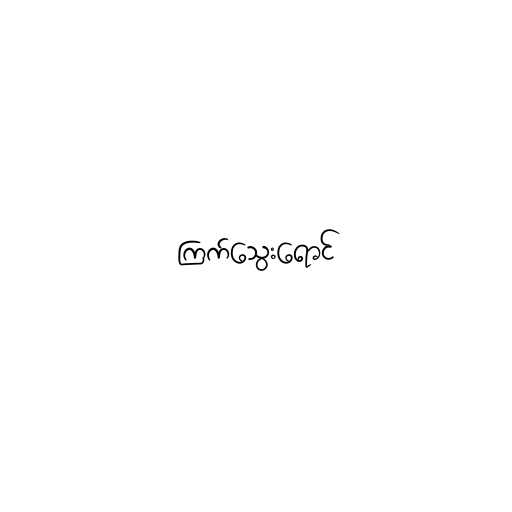
ကြက်သွေးရောင်